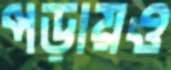
পড়ায়ও